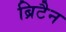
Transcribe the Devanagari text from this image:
ब्रिटैन